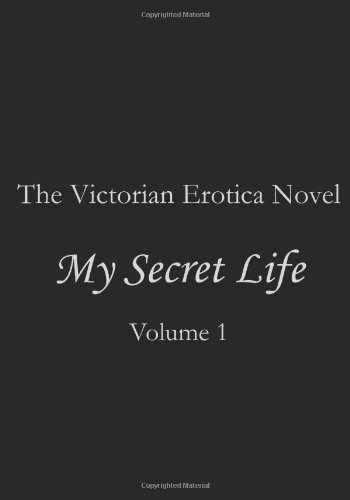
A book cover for My Secret Life:  Volume I; Anonymous; Romance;